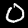
Label: 0